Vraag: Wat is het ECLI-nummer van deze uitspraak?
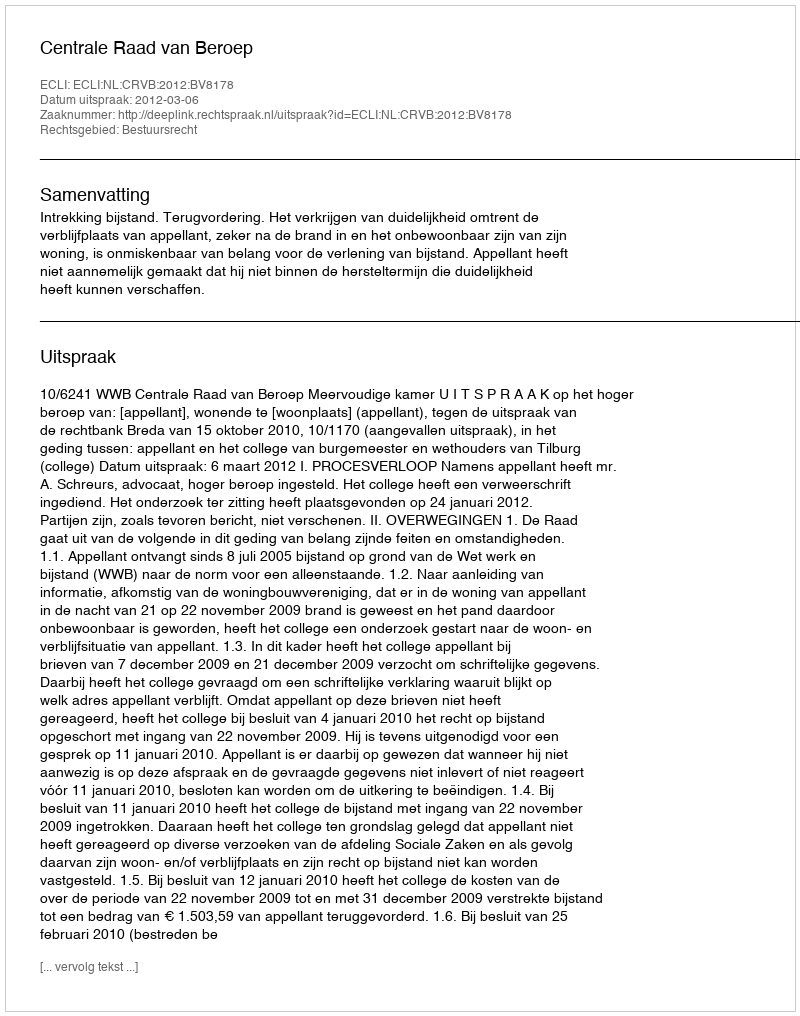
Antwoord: ECLI:NL:CRVB:2012:BV8178